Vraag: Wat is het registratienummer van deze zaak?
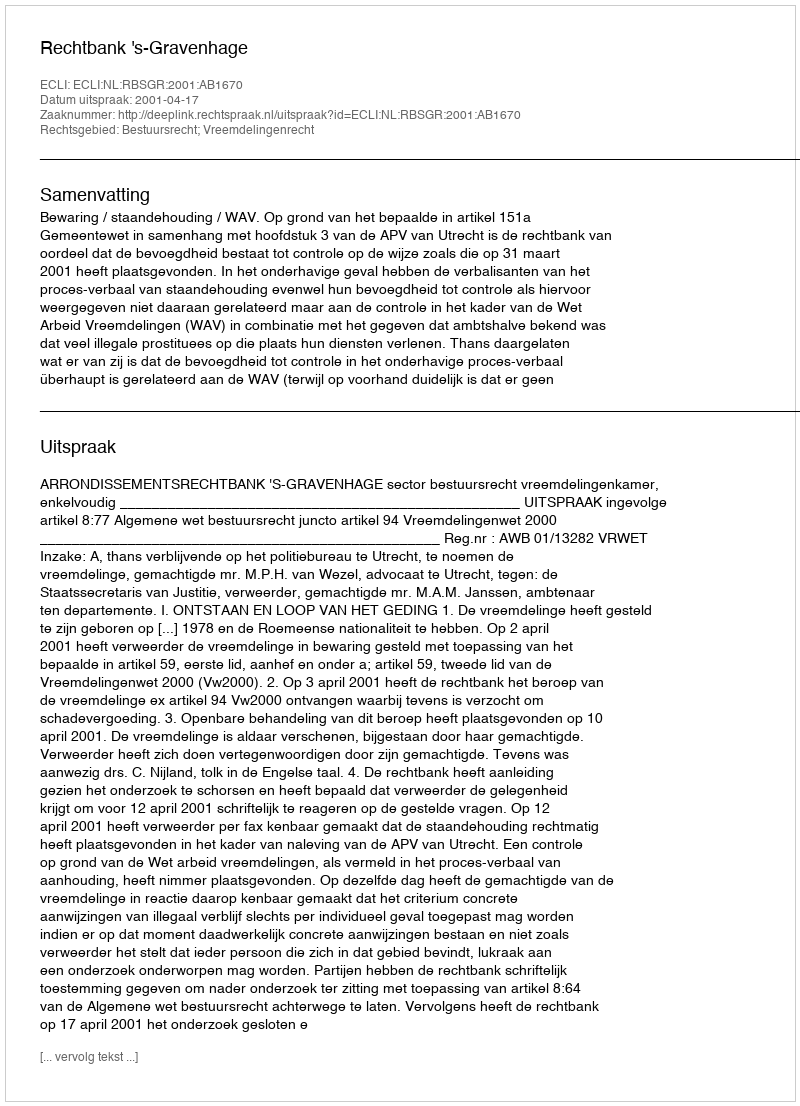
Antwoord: http://deeplink.rechtspraak.nl/uitspraak?id=ECLI:NL:RBSGR:2001:AB1670